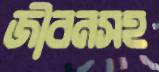
জীবনসহ